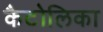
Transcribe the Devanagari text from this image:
कैटोलिका